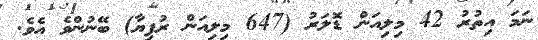
ނަމަ އިތުރު 42 މިލިއަން ޑޮލަރު (647 މިލިއަން ރުފިޔާ) ބޭނުންވެ އެވެ.